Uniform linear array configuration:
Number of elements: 24
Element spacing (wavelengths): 0.75
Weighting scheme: hamming
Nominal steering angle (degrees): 0
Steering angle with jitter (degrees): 1.426
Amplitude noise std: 0.05
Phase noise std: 0.05

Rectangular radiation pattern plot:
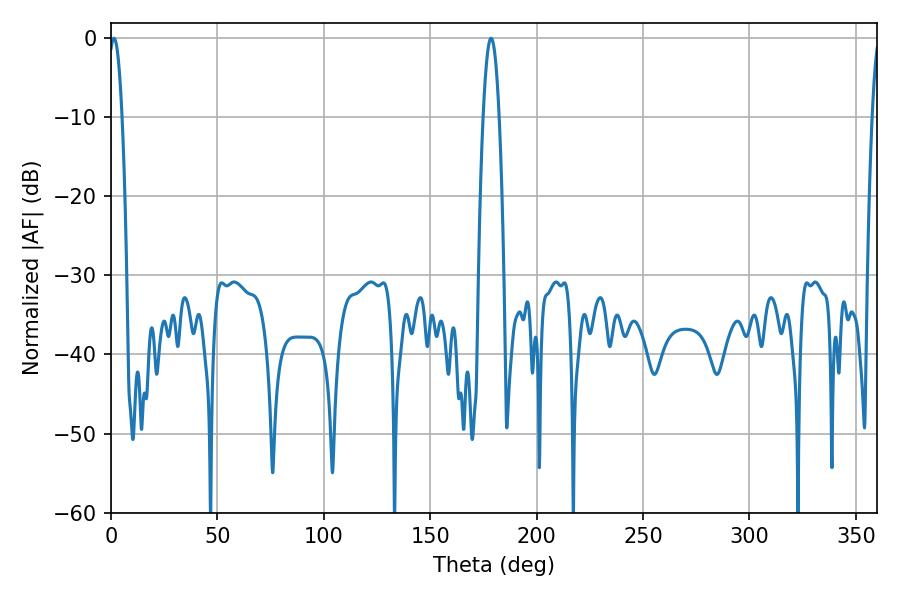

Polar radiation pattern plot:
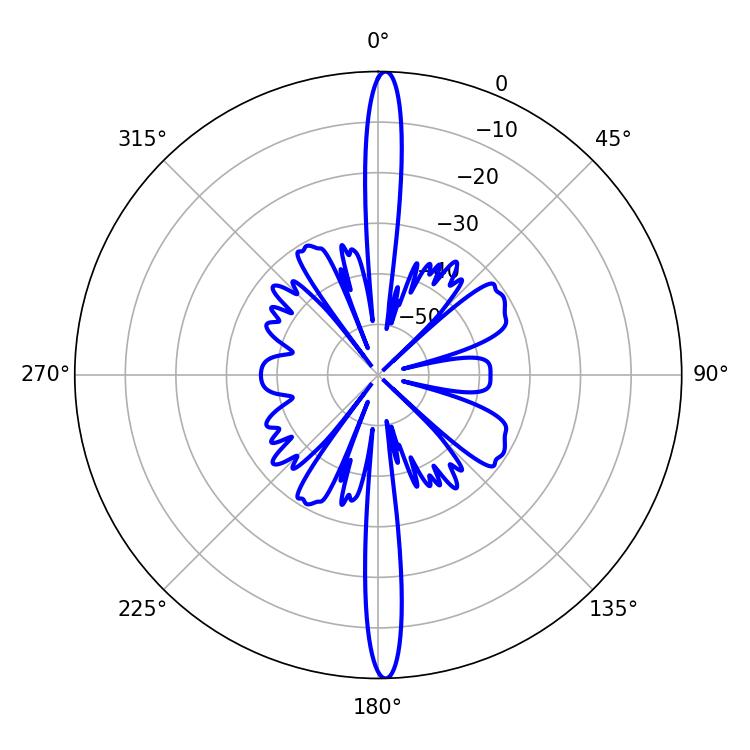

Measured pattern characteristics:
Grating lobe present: TRUE
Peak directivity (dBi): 27.023
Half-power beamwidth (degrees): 3.42
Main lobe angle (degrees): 1.44